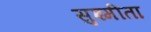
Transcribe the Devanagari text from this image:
सुश्मीता